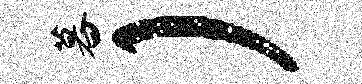
暮）